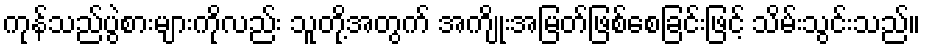
ကုန်သည်ပွဲစားများကိုလည်း သူတို့အတွက် အကျိုးအမြတ်ဖြစ်စေခြင်းဖြင့် သိမ်းသွင်းသည်။